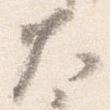
大